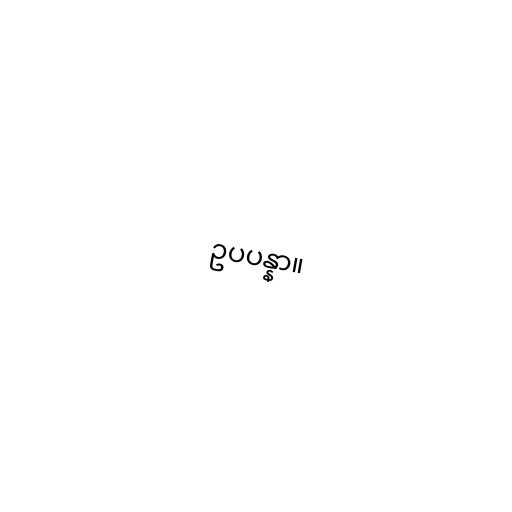
ဥပပန္နာ။